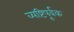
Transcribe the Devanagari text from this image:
व्यष्टिपूर्वक